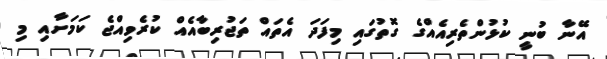
އޭނާ ބުނީ ކުޅުންތެރިއެއްގެ ގޮތުގައި މިފަދަ އެތައް ތަޖުރިބާއެއް ކުރެވިއްޖެ ކަމަށާއި މި